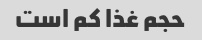
حجم غذا کم است